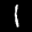
Label: 1